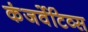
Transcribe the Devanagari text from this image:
कंजर्वेटिव्स